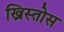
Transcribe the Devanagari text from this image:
ख्रिस्तोस